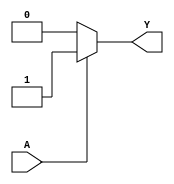
module single_variable_kmap (
    input wire A,  // Single input variable
    output wire Y  // Output based on K-map logic
);

// K-map logic implementation
assign Y = (A == 1'b1) ? 1'b1 : 1'b0;  // Example: Output Y is high when A is 1

endmodule